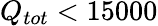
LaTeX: Q_{tot}<15000